Document type: Dowry acquittance
Year: 1427
Scribe: Pere Tarafa
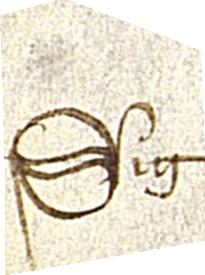
Sig